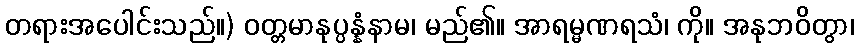
တရားအပေါင်းသည်။) ဝတ္တမာနုပ္ပန္နံနာမ၊ မည်၏။ အာရမ္မဏရသံ၊ ကို။ အနုဘဝိတွာ၊